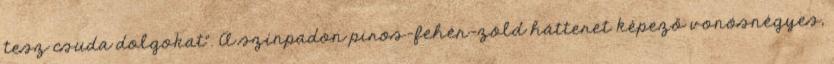
tesz csuda dolgokat". A színpadon piros-fehér-zöld hátteret képező vonósnégyes,